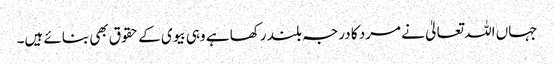
جہاں اللہ تعالیٰ نے مرد کا درجہ بلند رکھا ہے وہی بیوی کے حقوق بھی بنائے ہیں۔